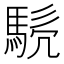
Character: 𩣤